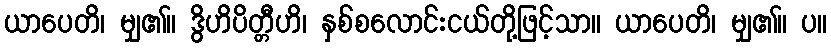
ယာပေတိ၊ မျှ၏။ ဒွိဟိပိတ္တီဟိ၊ နှစ်စလောင်းငယ်တို့ဖြင့်သာ။ ယာပေတိ၊ မျှ၏။ ပ။